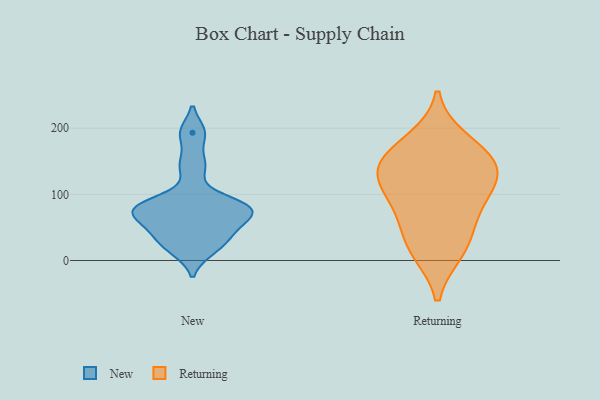
{"axis": {"x": "Website Visitors", "y": "Value"}, "legend": ["New", "Returning"], "data": [{"x": "", "y": 44, "type": "New"}, {"x": "", "y": 143, "type": "New"}, {"x": "", "y": 15, "type": "New"}, {"x": "", "y": 69, "type": "New"}, {"x": "", "y": 84, "type": "New"}, {"x": "", "y": 84, "type": "New"}, {"x": "", "y": 32, "type": "New"}, {"x": "", "y": 81, "type": "New"}, {"x": "", "y": 193, "type": "New"}, {"x": "", "y": 64, "type": "New"}, {"x": "", "y": 23, "type": "Returning"}, {"x": "", "y": 63, "type": "Returning"}, {"x": "", "y": 117, "type": "Returning"}, {"x": "", "y": 151, "type": "Returning"}, {"x": "", "y": 85, "type": "Returning"}, {"x": "", "y": 118, "type": "Returning"}, {"x": "", "y": 139, "type": "Returning"}, {"x": "", "y": 15, "type": "Returning"}, {"x": "", "y": 180, "type": "Returning"}, {"x": "", "y": 154, "type": "Returning"}]}